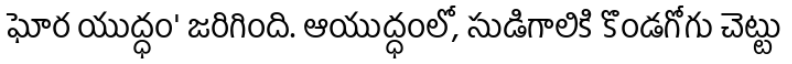
ఘోర యుద్ధం' జరిగింది. ఆయుద్ధంలో, సుడిగాలికి కొండగోగు చెట్టు